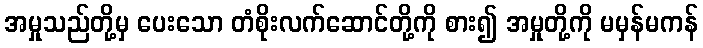
အမှုသည်တို့မှ ပေးသော တံစိုးလက်ဆောင်တို့ကို စား၍ အမှုတို့ကို မမှန်မကန်